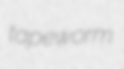
tapeworm